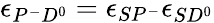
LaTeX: \epsilon_{P^{-}D^{0}}=\epsilon_{SP^{-}}\epsilon_{SD^{0}}